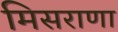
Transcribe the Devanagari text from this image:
मिसराणा